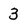
Character: 3